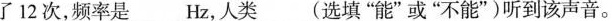
了12次，频率是___Hz，人类___(选填”能”或”不能”)听到该声音。